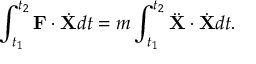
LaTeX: \int _ { t _ { 1 } } ^ { t _ { 2 } } \mathbf { F } \cdot { \dot { \mathbf { X } } } d t = m \int _ { t _ { 1 } } ^ { t _ { 2 } } { \ddot { \mathbf { X } } } \cdot { \dot { \mathbf { X } } } d t .